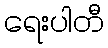
ရေးပါတီ